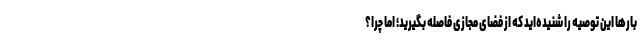
بارها این توصیه را شنیده‌اید که از فضای مجازی فاصله بگیرید؛ اما چرا؟